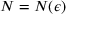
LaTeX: N = N ( \epsilon )